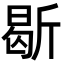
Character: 𣂰